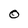
Character: 0